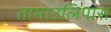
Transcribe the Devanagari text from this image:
तामाउलिपास